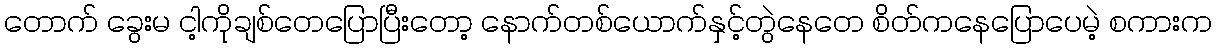
တောက် ခွေးမ ငါ့ကိုချစ်တေပြောပြီးတော့ နောက်တစ်ယောက်နှင့်တွဲနေတေ စိတ်ကနေပြောပေမဲ့ စကားက